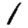
Digit: 1